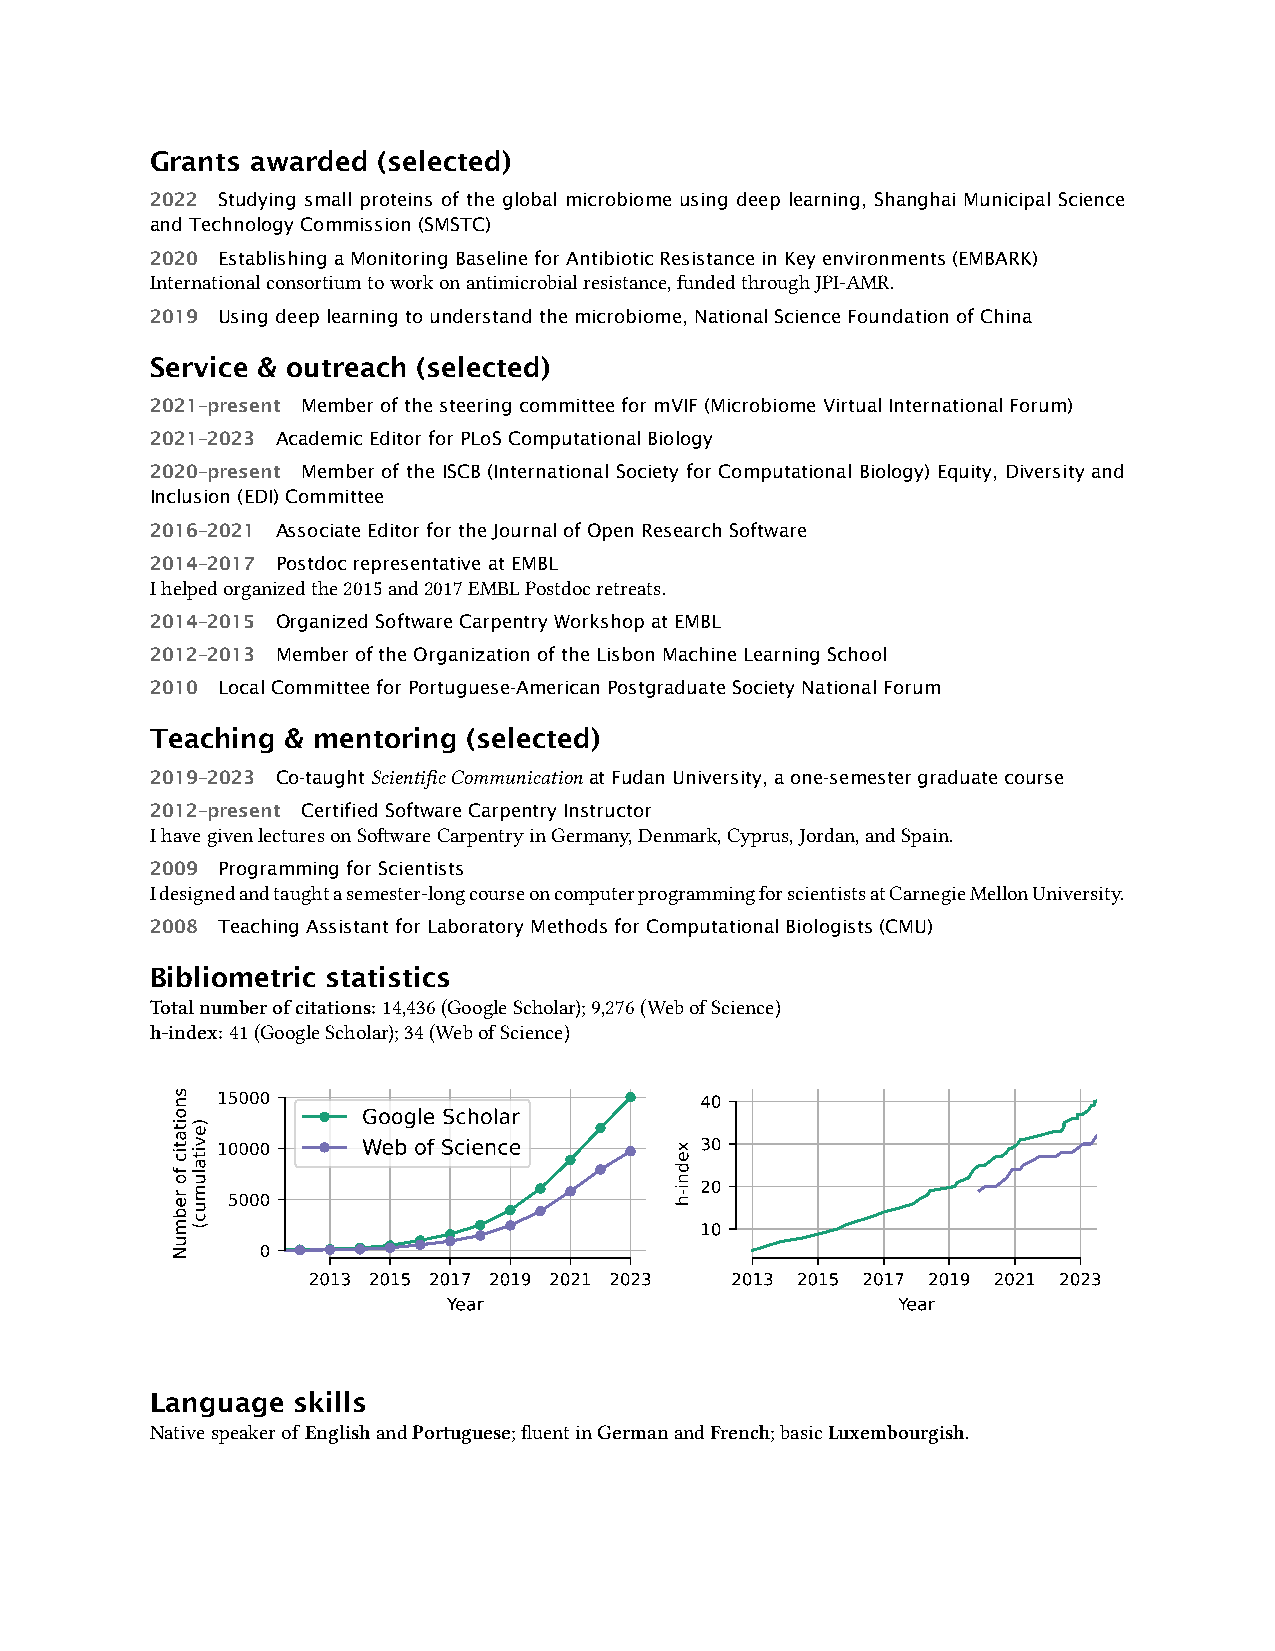
Grants awarded (selected)
 2022 Studying small proteins of the global microbiome using deep learning, Shanghai Municipal Science
 andTechnologyCommission(SMSTC)
 2020 EstablishingaMonitoringBaselineforAntibioticResistanceinKeyenvironments(EMBARK)
 Internationalconsortiumtoworkonantimicrobialresistance,fundedthroughJPI-AMR.
 2019 Usingdeeplearningtounderstandthemicrobiome,NationalScienceFoundationofChina
 Service & outreach (selected)
 2021–present MemberofthesteeringcommitteeformVIF(MicrobiomeVirtualInternationalForum)
 2021–2023 AcademicEditorforPLoSComputationalBiology
 2020–present Member of the ISCB (International Society for Computational Biology) Equity, Diversity and
 Inclusion(EDI)Committee
 2016–2021 AssociateEditorfortheJournalofOpenResearchSoftware
 2014–2017 PostdocrepresentativeatEMBL
 Ihelpedorganizedthe2015and2017EMBLPostdocretreats.
 2014–2015 OrganizedSoftwareCarpentryWorkshopatEMBL
 2012–2013 MemberoftheOrganizationoftheLisbonMachineLearningSchool
 2010 LocalCommitteeforPortuguese-AmericanPostgraduateSocietyNationalForum
 Teaching & mentoring (selected)
 2019–2023 Co-taughtScientificCommunicationatFudanUniversity,aone-semestergraduatecourse
 2012–present CertifiedSoftwareCarpentryInstructor
 IhavegivenlecturesonSoftwareCarpentryinGermany,Denmark,Cyprus,Jordan,andSpain.
 2009 ProgrammingforScientists
 Idesignedandtaughtasemester-longcourseoncomputerprogrammingforscientistsatCarnegieMellonUniversity.
 2008 TeachingAssistantforLaboratoryMethodsforComputationalBiologists(CMU)
 Bibliometric statistics
 Totalnumberofcitations: 14,436(GoogleScholar);9,276(WebofScience)
 h-index: 41(GoogleScholar);34(WebofScience)
 15000                           40
 Google Scholar
 10000     Web of Science        30
 20
 5000
 10
 0
 2013 2015 2017 2019 2021 2023 2013 2015 2017 2019 2021 2023
 Year                         Year
 Language skills
 Nativespeakerof EnglishandPortuguese;fluentinGermanandFrench;basicLuxembourgish.
 snoitatic
 fo
 rebmuN
 )evitalumuc(
 xedni-h